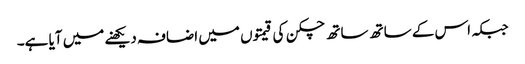
جبکہ اس کے ساتھ ساتھ چکن کی قیمتوں میں اضافہ دیکھنے میں آیا ہے۔